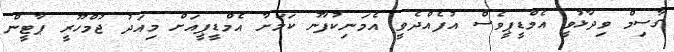
ގާސިމް ވިދާޅުވީ އެމްޑީޕީވެސް އުފެއްދެވީ އެމަނިކުފާނު ކަމަށާ އެމްޑީޕީއަށް މިއަދު ޖުމްހޫރީ ޕާޓީން